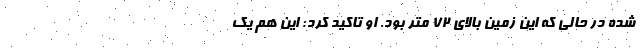
شده در حالی که این زمین بالای ۷۲ متر بود. او تاکید کرد: این هم یک